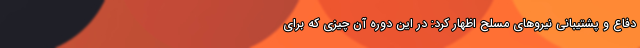
دفاع و پشتیبانی نیروهای مسلح اظهار کرد: در این دوره آن چیزی که برای